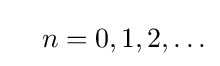
\quad n=0,1,2,\ldots